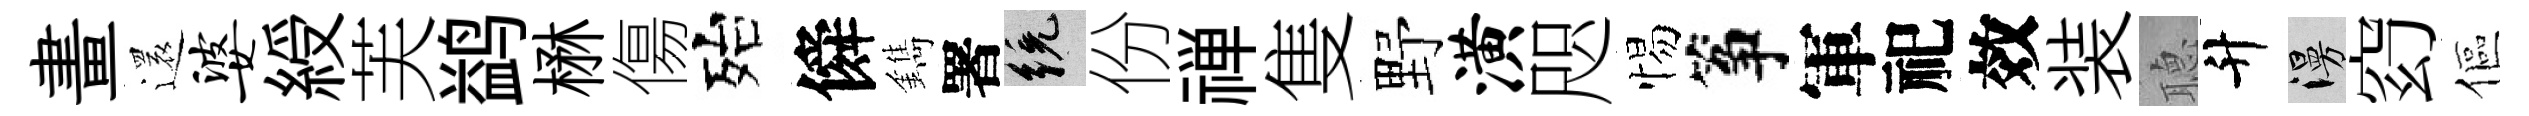
畫還婆綬芙鹢楙傷殆僢鐫署統份禅隻野潢咫惕筝軍祀效装𦗟升漫𥥆傴